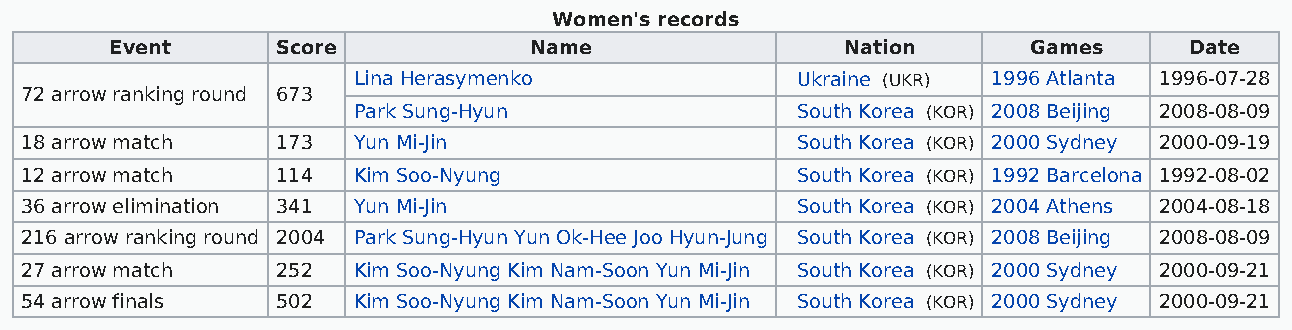
Women's records
 Event      Score            Name                 Nation      Games      Date
 Lina Herasymenko              Ukraine (UKR) 1996 Atlanta 1996-07-28
 72 arrow ranking round 673
 Park Sung-Hyun                South Korea (KOR) 2008 Beijing 2008-08-09
 18 arrow match   173  Yun Mi-Jin                    South Korea (KOR) 2000 Sydney 2000-09-19
 12 arrow match   114  Kim Soo-Nyung                 South Korea (KOR) 1992 Barcelona 1992-08-02
 36 arrow elimination 341 Yun Mi-Jin                 South Korea (KOR) 2004 Athens 2004-08-18
 216 arrow ranking round 2004 Park Sung-Hyun Yun Ok-Hee Joo Hyun-Jung South Korea (KOR) 2008 Beijing 2008-08-09
 27 arrow match   252  Kim Soo-Nyung Kim Nam-Soon Yun Mi-Jin South Korea (KOR) 2000 Sydney 2000-09-21
 54 arrow finals  502  Kim Soo-Nyung Kim Nam-Soon Yun Mi-Jin South Korea (KOR) 2000 Sydney 2000-09-21